65_HS1-834228961_62-HQ-83894_Section_3
Agency: FBI
Page 153
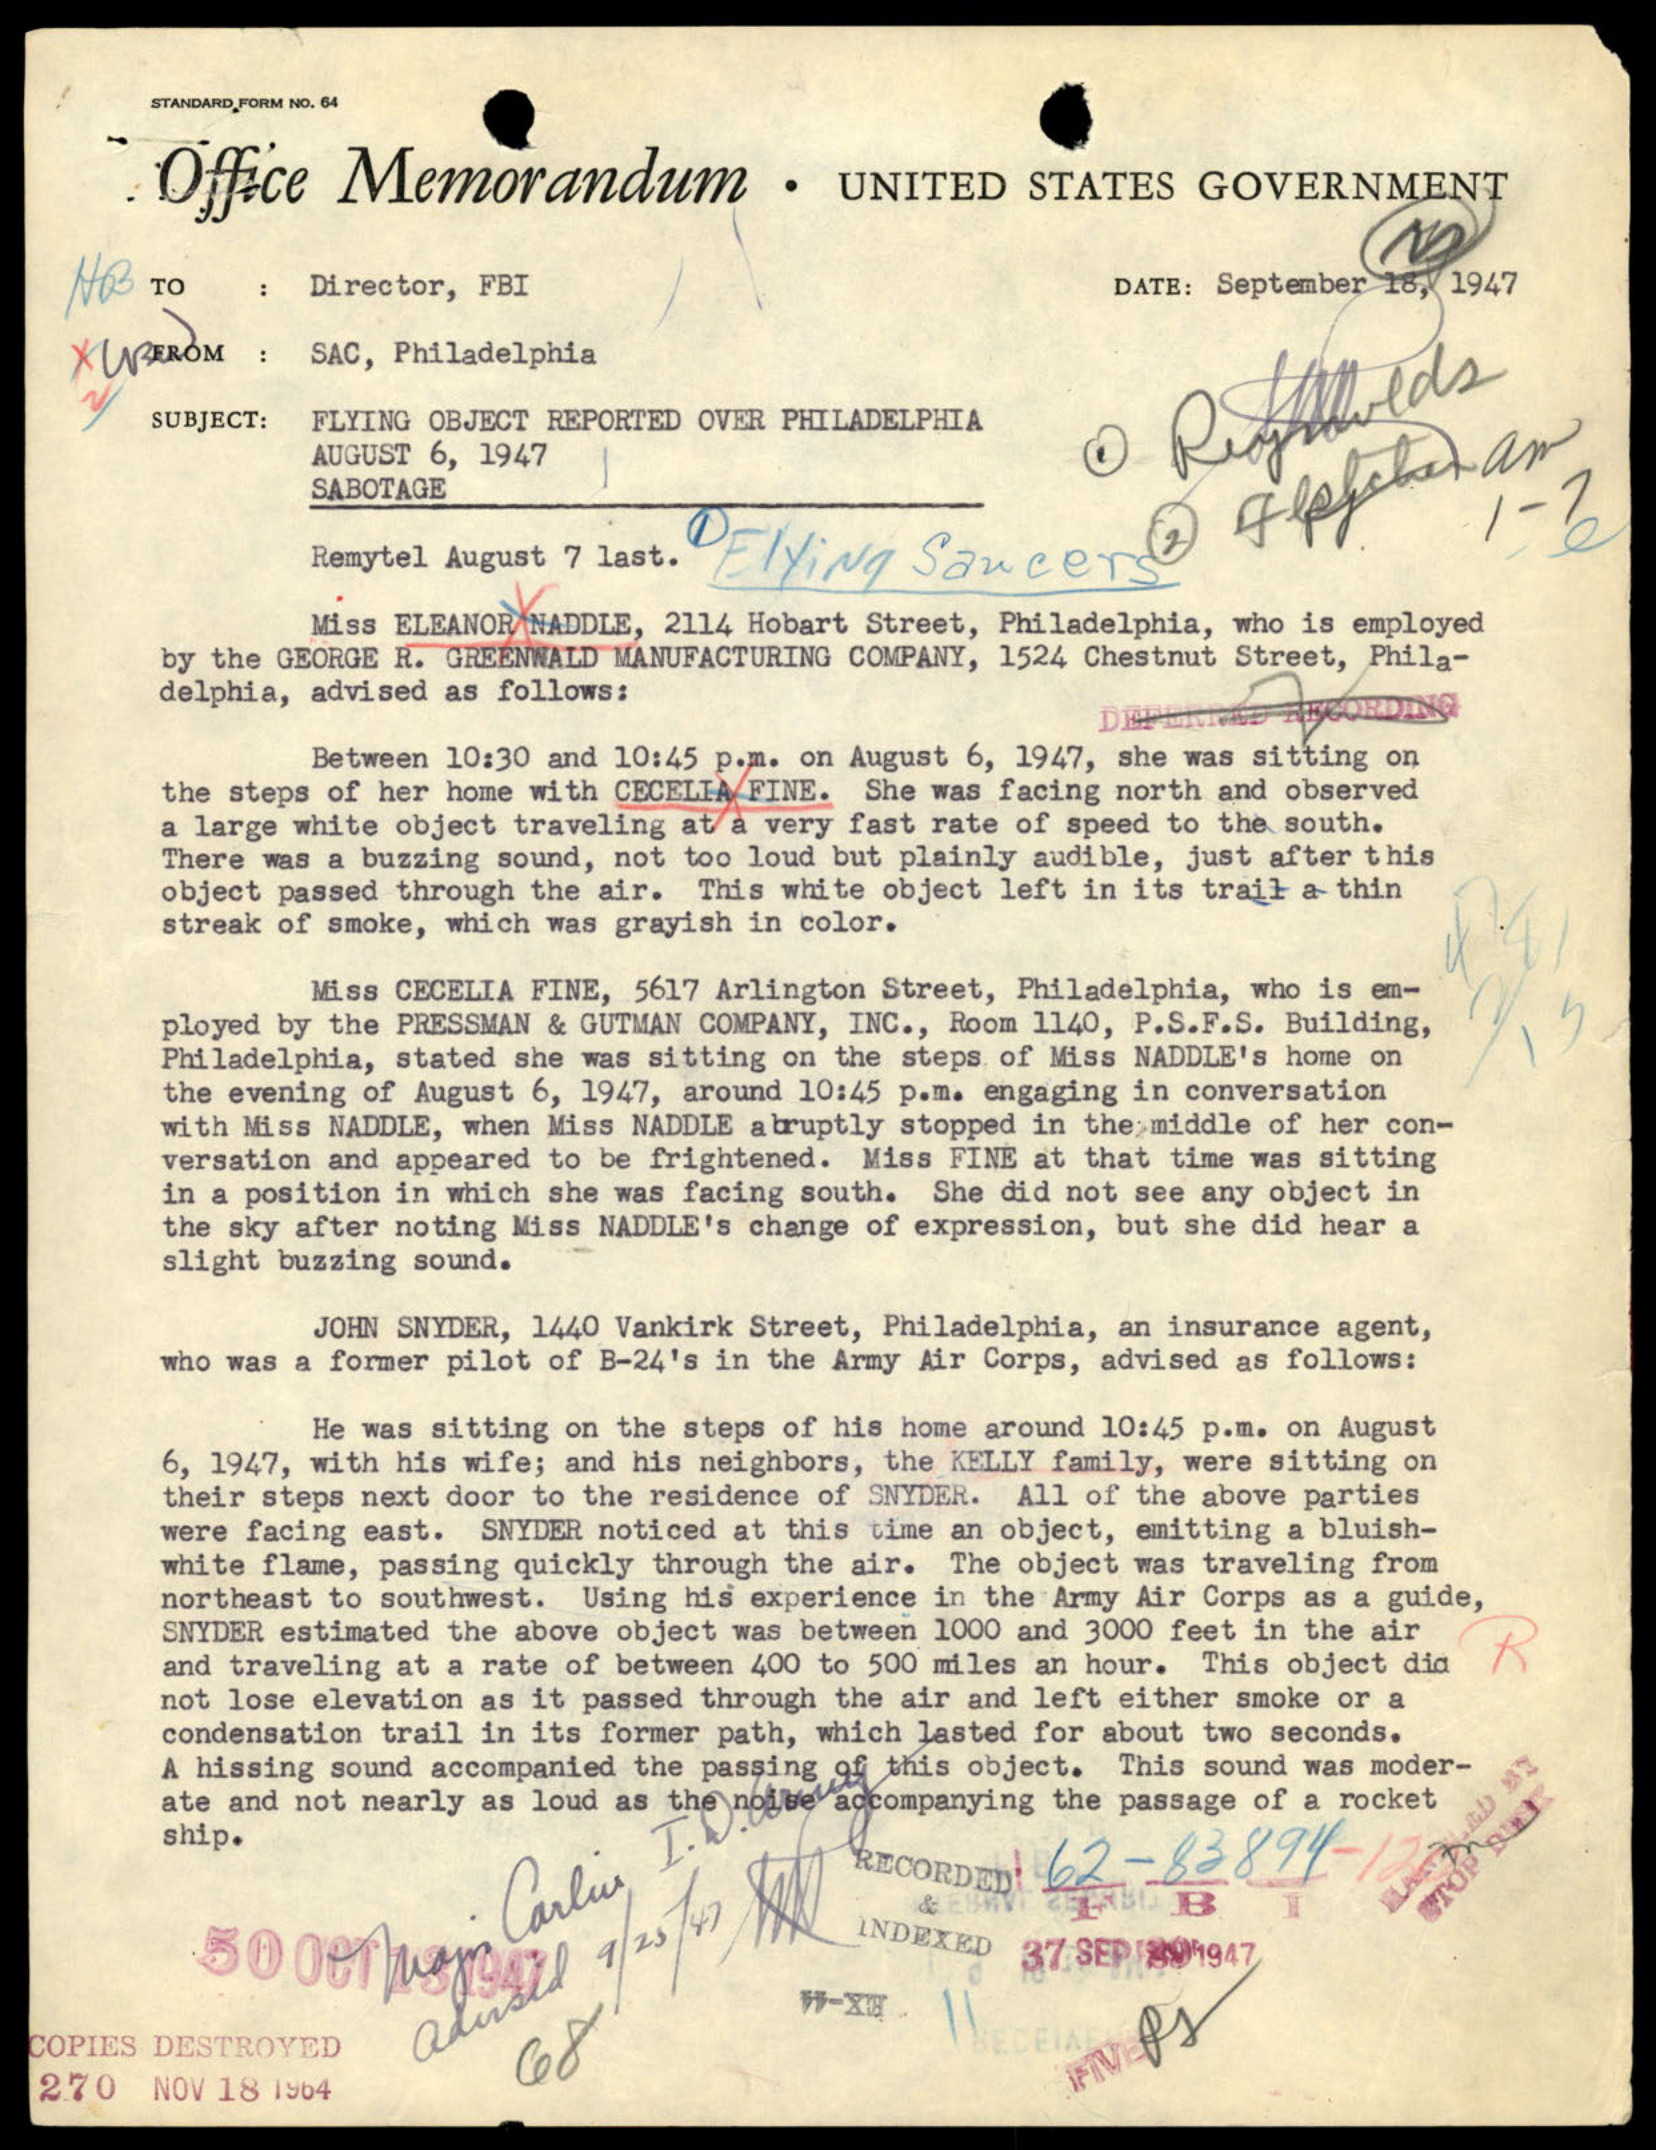